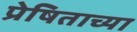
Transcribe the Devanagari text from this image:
प्रेषिताच्या